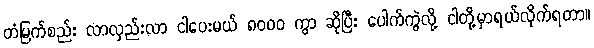
တံမြက်စည်း လာလှည်းလာ ငါပေးမယ် ၈၀၀၀ ကွာ ဆိုပြီး ပေါက်ကွဲလို့ ငါတို့မှာရယ်လိုက်ရတာ။